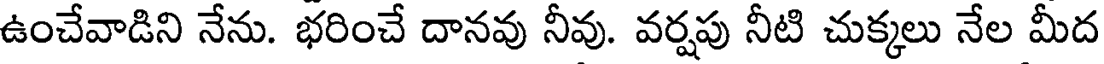
ఉంచేవాడిని నేను. భరించే దానవు నీవు. వర్షపు నీటి చుక్కలు నేల మీద